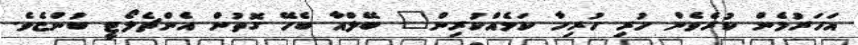
އަހަރުމެން ކުރެވެން ހުރި ހުރިހާ ކަމެއްކުރިން" ބޭލްއާ ބެހޭ ގޮތުން އެންޗެލޯޓީ ބުންޏެވެ.